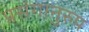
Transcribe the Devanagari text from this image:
प्रसंगानुरुप